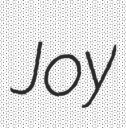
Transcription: Joy